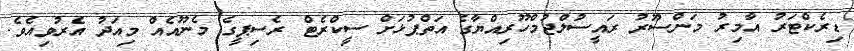
ޑިރެކްޓަރު އާމިރު މަންސޫރު ރައީސުލްޖުމްހޫރިއްޔާގެ އަތްޕުޅަށް ސީކްރެޓް ރެސިޕީގެ މެނޫއެއް މިއަދު އެރުވިއެވެ.